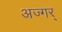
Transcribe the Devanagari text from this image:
अज्गर्